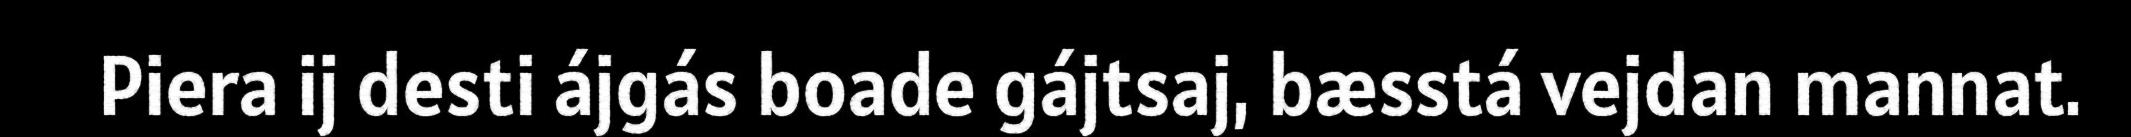
Piera ij desti ájgás boade gájtsaj, bæsstá vejdan mannat.